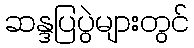
ဆန္ဒပြပွဲများတွင်